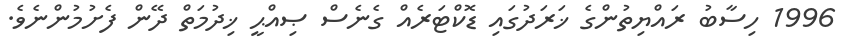
1996 ހިސާބު ރައްޔިތުންގެ ޚަރަދުގައި ޑޮކްޓަރެއް ގެނެސް ޞިއްޙީ ޚިދުމަތް ދޭން ފެށުމުންނެވެ.